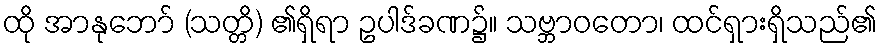
ထို အာနုဘော် (သတ္တိ) ၏ရှိရာ ဥပါဒ်ခဏ၌။ သဗ္ဘာဝတော၊ ထင်ရှားရှိသည်၏